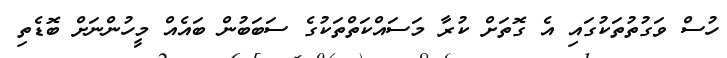
ހުސް ވަގުތުތަކުގައި އެ ގޮތަށް ކުރާ މަސައްކަތްތަކުގެ ސަބަބުން ބައެއް މީހުންނަށް ބޮޑެތި